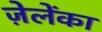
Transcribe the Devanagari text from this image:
ज़ेलेंका